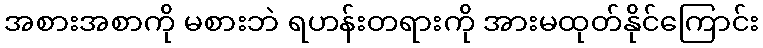
အစားအစာကို မစားဘဲ ရဟန်းတရားကို အားမထုတ်နိုင်ကြောင်း